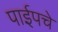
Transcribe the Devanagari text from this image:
पाईपचे